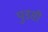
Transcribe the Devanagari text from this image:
पुडसी